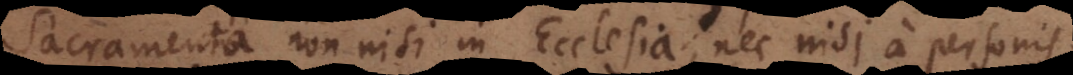
cramenta non nisi in Ecclesia, nec nisi a personis